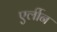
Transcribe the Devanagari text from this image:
एर्लीन